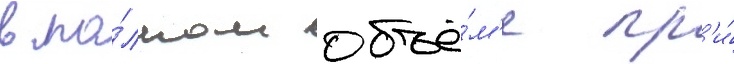
в по́лном объё́м'е пр'и́